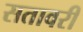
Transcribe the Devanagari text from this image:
सतावरी